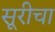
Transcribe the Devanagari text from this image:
सूरीचा